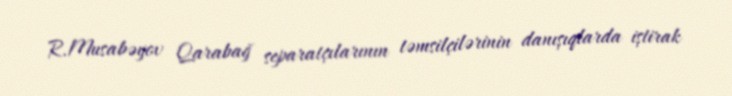
R.Musabəyov Qarabağ separatçılarının təmsilçilərinin danışıqlarda iştirak